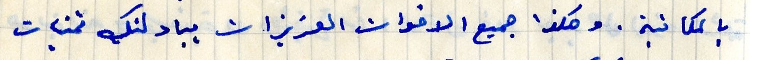
بالمكانية. وهكذا جميع الاخوات العزيزات يبادلنك تمنيات